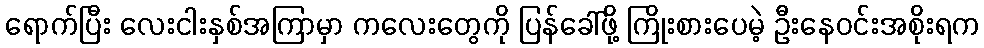
ရောက်ပြီး လေးငါးနှစ်အကြာမှာ ကလေးတွေကို ပြန်ခေါ်ဖို့ ကြိုးစားပေမဲ့ ဦးနေဝင်းအစိုးရက